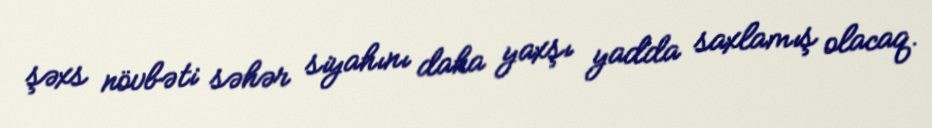
şəxs növbəti səhər siyahını daha yaxşı yadda saxlamış olacaq.